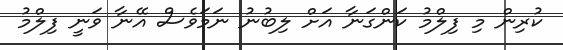
ކުރިން މި ފިލްމު ކަންގަނާ އަށް ލިބުނު ނަމަވެސް އޭނާ ވަނީ ފިލްމު